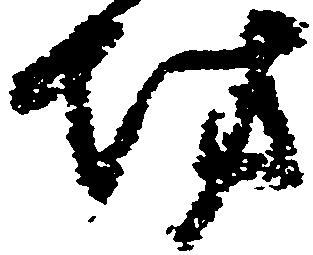
坊